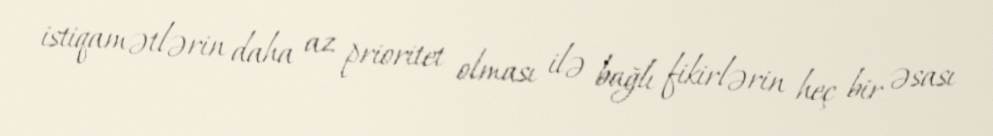
istiqamətlərin daha az prioritet olması ilə bağlı fikirlərin heç bir əsası